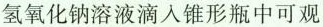
氢氧化钠溶液滴入锥形瓶中可观